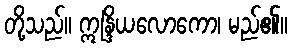
တို့သည်။ ဣန္ဒြိယလောကော၊ မည်၏။